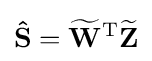
\mathbf {\hat {S}} =\mathbf {\widetilde {W}} ^{\mathrm {T} }\mathbf {\widetilde {Z}}